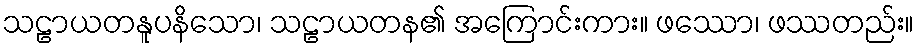
သဠာယတနူပနိသော၊ သဠာယတန၏ အကြောင်းကား။ ဖဿော၊ ဖဿတည်း။